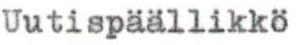
Uutispäällikkö